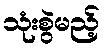
သုံးစွဲမည့်